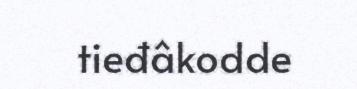
tieđâkodde